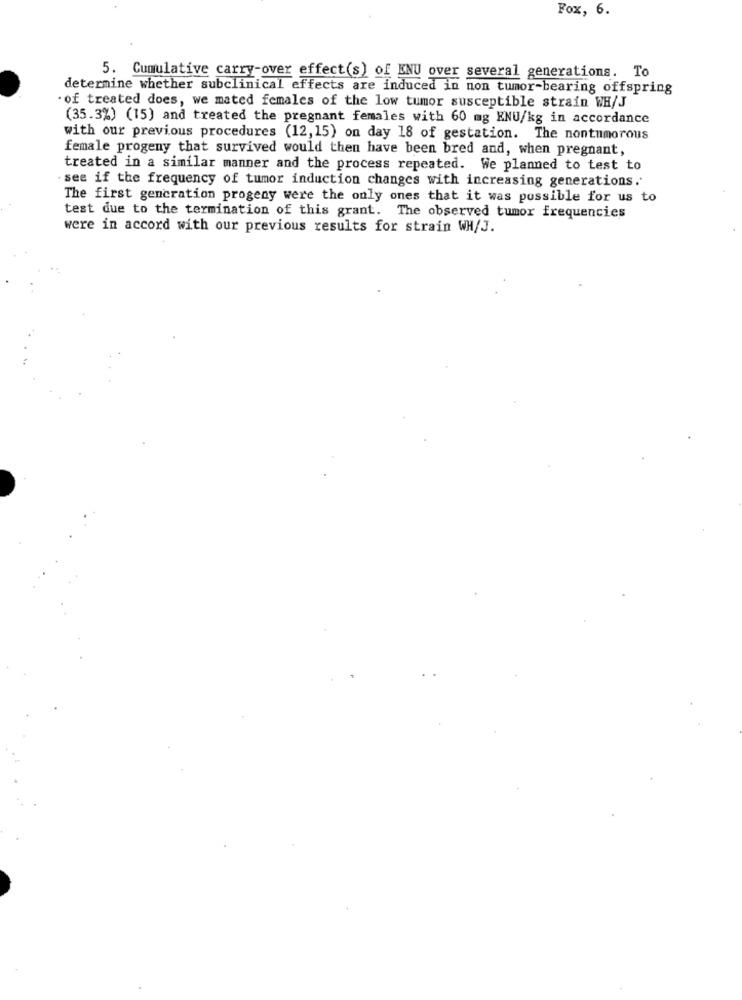
Fox, 6.
5. Cumulative carry-over effect(s) of ENU over several generations. To
determine whether subclinical effects are induced in non tumor-bearing offspring
of treated does, we mated females of the low tumor susceptible strain WH/J
(35.3%) (15) and treated the pregnant females with 60 mg ENU/kg in accordance
with our previous procedures (12,15) on day 18 of gestation. The nontumorous
female progeny that survived would then have been bred and, when pregnant,
treated in a similar manner and the process repeated. We planned to test to
- see if the frequency of tumor induction changes with increasing generations.
The first generation progeny were the only ones that it was possible for us to
test due to the termination of this grant. The observed tumor frequencies
were in accord with our previous results for strain WH/J.